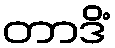
တာဒိံ